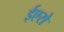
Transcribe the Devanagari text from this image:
ईएरो